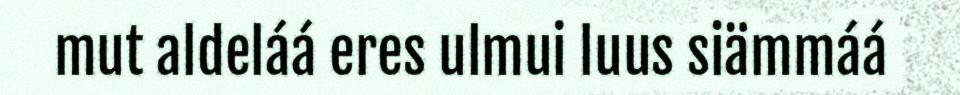
mut aldeláá eres ulmui luus siämmáá